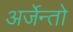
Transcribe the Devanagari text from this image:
अर्जेन्तो